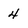
Character: 4